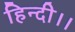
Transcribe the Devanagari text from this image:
हिन्दी।।